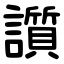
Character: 䜠